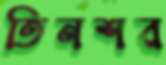
তিনশর